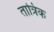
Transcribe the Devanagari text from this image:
तात्रिक